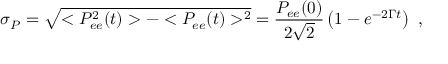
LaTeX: \sigma _ { P } = \sqrt { < P _ { e e } ^ { 2 } ( t ) > - < P _ { e e } ( t ) > ^ { 2 } } = \frac { P _ { e e } ( 0 ) } { 2 \sqrt 2 } \left( 1 - e ^ { - 2 \Gamma t } \right) ~ ,